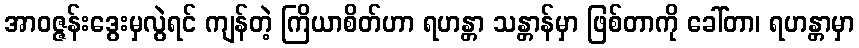
အာဝဇ္ဇန်းဒွေးမှလွဲရင် ကျန်တဲ့ ကြိယာစိတ်ဟာ ရဟန္တာ သန္တာန်မှာ ဖြစ်တာကို ခေါ်တာ၊ ရဟန္တာမှာ